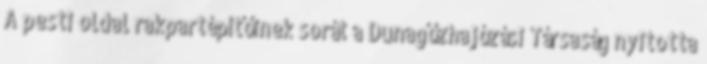
A pesti oldal rakpartépítőinek sorát a Dunagőzhajózási Társaság nyitotta